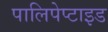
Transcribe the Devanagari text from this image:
पालिपेप्टाइड